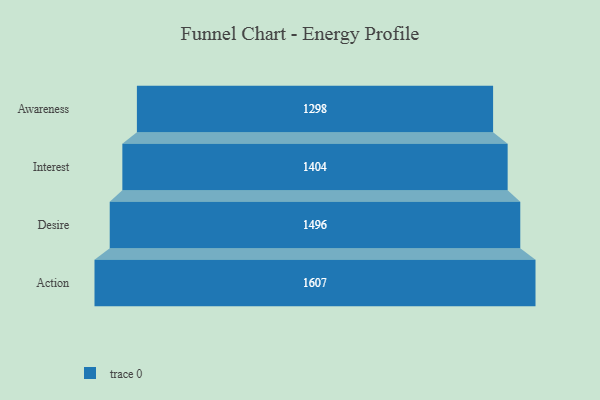
{"axis": {"x": "Stage", "y": "Value"}, "legend": [""], "data": [{"x": "Awareness", "y": 1298.0, "type": ""}, {"x": "Interest", "y": 1404.0, "type": ""}, {"x": "Desire", "y": 1496.0, "type": ""}, {"x": "Action", "y": 1607.0, "type": ""}]}